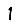
Digit: 1